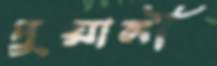
দুয়ানী